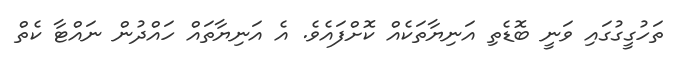
ތަހުގީގުގައި ވަނީ ބޮޑެތި އަނިޔާތަކެއް ކޮށްފައެވެ. އެ އަނިޔާތައް ހައްދުން ނައްޓާ ކެތް